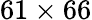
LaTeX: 61\times 66